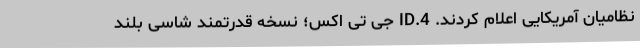
نظامیان آمریکایی اعلام کردند. ID.4 جی تی اکس؛ نسخه قدرتمند شاسی بلند